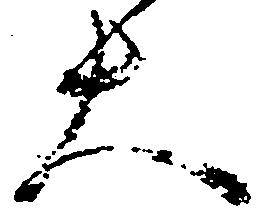
大